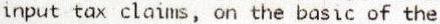
INPUT TAX CLAIMS, ON THE BASIC OF THE